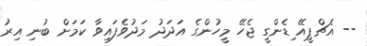
-- އެޗްޕީއޭ ިޑެންގީ ޖެހޭ މީހުންގެ އަދަދު މަދުވެފައިވާ ކަމަށް ބުނި އިރު